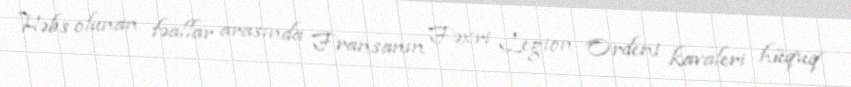
Həbs olunan fəallar arasında Fransanın Fəxri Legion Ordeni kavaleri hüquq